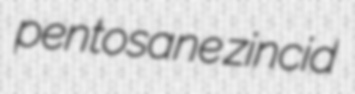
pentosane zincid